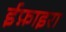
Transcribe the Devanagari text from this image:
ईफ़ाइरा